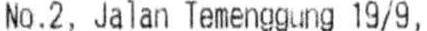
NO.2, JALAN TEMENGGUNG 19/9,